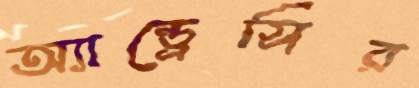
অ্যান্ড্রেসির